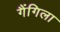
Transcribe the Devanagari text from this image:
गैंगिला